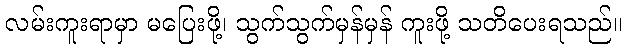
လမ်းကူးရာမှာ မပြေးဖို့၊ သွက်သွက်မှန်မှန် ကူးဖို့ သတိပေးရသည်။